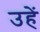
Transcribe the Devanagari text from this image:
उहें